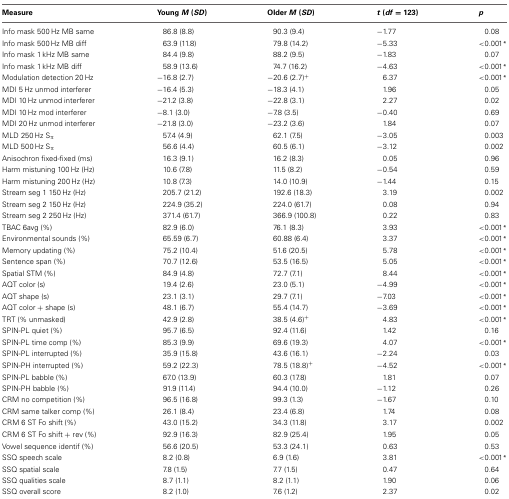
<table><thead><tr><td><b>Measure</b></td><td><b>Young <i>M</i> (<i>SD</i>)</b></td><td><b>Older <i>M</i> (<i>SD</i>)</b></td><td><b><i>t</i> (<i>df</i> = 123)</b></td><td><b><i>p</i></b></td></tr></thead><tbody><tr><td>Info mask 500 Hz MB same</td><td>86.8 (8.8)</td><td>90.3 (9.4)</td><td>−1.77</td><td>0.08</td></tr><tr><td>Info mask 500 Hz MB diff</td><td>63.9 (11.8)</td><td>79.8 (14.2)</td><td>−5.33</td><td>&lt;0.001<sup>*</sup></td></tr><tr><td>Info mask 1 kHz MB same</td><td>84.4 (9.8)</td><td>88.2 (9.5)</td><td>−1.83</td><td>0.07</td></tr><tr><td>Info mask 1 kHz MB diff</td><td>58.9 (13.6)</td><td>74.7 (16.2)</td><td>−4.63</td><td>&lt;0.001<sup>*</sup></td></tr><tr><td>Modulation detection 20 Hz</td><td>−16.8 (2.7)</td><td>−20.6 (2.7)<sup>+</sup></td><td>6.37</td><td>&lt;0.001<sup>*</sup></td></tr><tr><td>MDI 5 Hz unmod interferer</td><td>−16.4 (5.3)</td><td>−18.3 (4.1)</td><td>1.96</td><td>0.05</td></tr><tr><td>MDI 10 Hz unmod interferer</td><td>−21.2 (3.8)</td><td>−22.8 (3.1)</td><td>2.27</td><td>0.02</td></tr><tr><td>MDI 10 Hz mod interferer</td><td>−8.1 (3.0)</td><td>−7.8 (3.5)</td><td>−0.40</td><td>0.69</td></tr><tr><td>MDI 20 Hz unmod interferer</td><td>−21.8 (3.0)</td><td>−23.2 (3.6)</td><td>1.84</td><td>0.07</td></tr><tr><td>MLD 250 Hz S<sub>π</sub></td><td>57.4 (4.9)</td><td>62.1 (7.5)</td><td>−3.05</td><td>0.003</td></tr><tr><td>MLD 500 Hz S<sub>π</sub></td><td>56.6 (4.4)</td><td>60.5 (6.1)</td><td>−3.12</td><td>0.002</td></tr><tr><td>Anisochron fixed-fixed (ms)</td><td>16.3 (9.1)</td><td>16.2 (8.3)</td><td>0.05</td><td>0.96</td></tr><tr><td>Harm mistuning 100 Hz (Hz)</td><td>10.6 (7.8)</td><td>11.5 (8.2)</td><td>−0.54</td><td>0.59</td></tr><tr><td>Harm mistuning 200 Hz (Hz)</td><td>10.8 (7.3)</td><td>14.0 (10.9)</td><td>−1.44</td><td>0.15</td></tr><tr><td>Stream seg 1 150 Hz (Hz)</td><td>205.7 (21.2)</td><td>192.6 (18.3)</td><td>3.19</td><td>0.002</td></tr><tr><td>Stream seg 2 150 Hz (Hz)</td><td>224.9 (35.2)</td><td>224.0 (61.7)</td><td>0.08</td><td>0.94</td></tr><tr><td>Stream seg 2 250 Hz (Hz)</td><td>371.4 (61.7)</td><td>366.9 (100.8)</td><td>0.22</td><td>0.83</td></tr><tr><td>TBAC 6avg (%)</td><td>82.9 (6.0)</td><td>76.1 (8.3)</td><td>3.93</td><td>&lt;0.001<sup>*</sup></td></tr><tr><td>Environmental sounds (%)</td><td>65.59 (6.7)</td><td>60.88 (6.4)</td><td>3.37</td><td>&lt;0.001<sup>*</sup></td></tr><tr><td>Memory updating (%)</td><td>75.2 (10.4)</td><td>51.6 (20.5)</td><td>5.78</td><td>&lt;0.001<sup>*</sup></td></tr><tr><td>Sentence span (%)</td><td>70.7 (12.6)</td><td>53.5 (16.5)</td><td>5.05</td><td>&lt;0.001<sup>*</sup></td></tr><tr><td>Spatial STM (%)</td><td>84.9 (4.8)</td><td>72.7 (7.1)</td><td>8.44</td><td>&lt;0.001<sup>*</sup></td></tr><tr><td>AQT color (s)</td><td>19.4 (2.6)</td><td>23.0 (5.1)</td><td>−4.99</td><td>&lt;0.001<sup>*</sup></td></tr><tr><td>AQT shape (s)</td><td>23.1 (3.1)</td><td>29.7 (7.1)</td><td>−7.03</td><td>&lt;0.001<sup>*</sup></td></tr><tr><td>AQT color + shape (s)</td><td>48.1 (6.7)</td><td>55.4 (14.7)</td><td>−3.69</td><td>&lt;0.001<sup>*</sup></td></tr><tr><td>TRT (% unmasked)</td><td>42.9 (2.8)</td><td>38.5 (4.6)<sup>+</sup></td><td>4.83</td><td>&lt;0.001<sup>*</sup></td></tr><tr><td>SPIN-PL quiet (%)</td><td>95.7 (6.5)</td><td>92.4 (11.6)</td><td>1.42</td><td>0.16</td></tr><tr><td>SPIN-PL time comp (%)</td><td>85.3 (9.9)</td><td>69.6 (19.3)</td><td>4.07</td><td>&lt;0.001<sup>*</sup></td></tr><tr><td>SPIN-PL interrupted (%)</td><td>35.9 (15.8)</td><td>43.6 (16.1)</td><td>−2.24</td><td>0.03</td></tr><tr><td>SPIN-PH interrupted (%)</td><td>59.2 (22.3)</td><td>78.5 (18.8)<sup>+</sup></td><td>−4.52</td><td>&lt;0.001<sup>*</sup></td></tr><tr><td>SPIN-PL babble (%)</td><td>67.0 (13.9)</td><td>60.3 (17.8)</td><td>1.81</td><td>0.07</td></tr><tr><td>SPIN-PH babble (%)</td><td>91.9 (11.4)</td><td>94.4 (10.0)</td><td>−1.12</td><td>0.26</td></tr><tr><td>CRM no competition (%)</td><td>96.5 (16.8)</td><td>99.3 (1.3)</td><td>−1.67</td><td>0.10</td></tr><tr><td>CRM same talker comp (%)</td><td>26.1 (8.4)</td><td>23.4 (6.8)</td><td>1.74</td><td>0.08</td></tr><tr><td>CRM 6 ST Fo shift (%)</td><td>43.0 (15.2)</td><td>34.3 (11.8)</td><td>3.17</td><td>0.002</td></tr><tr><td>CRM 6 ST Fo shift + rev (%)</td><td>92.9 (16.3)</td><td>82.9 (25.4)</td><td>1.95</td><td>0.05</td></tr><tr><td>Vowel sequence identif (%)</td><td>56.6 (20.5)</td><td>53.3 (24.1)</td><td>0.63</td><td>0.53</td></tr><tr><td>SSQ speech scale</td><td>8.2 (0.8)</td><td>6.9 (1.6)</td><td>3.81</td><td>&lt;0.001<sup>*</sup></td></tr><tr><td>SSQ spatial scale</td><td>7.8 (1.5)</td><td>7.7 (1.5)</td><td>0.47</td><td>0.64</td></tr><tr><td>SSQ qualities scale</td><td>8.7 (1.1)</td><td>8.2 (1.1)</td><td>1.90</td><td>0.06</td></tr><tr><td>SSQ overall score</td><td>8.2 (1.0)</td><td>7.6 (1.2)</td><td>2.37</td><td>0.02</td></tr></tbody></table>